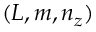
( L , m , n _ { z } )